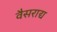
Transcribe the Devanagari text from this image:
वैसराद्य